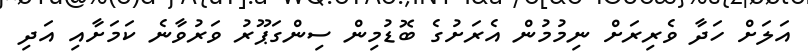
އަލަށް ހަދާ ވެރިރަށް ނިމުމުން އެރަށުގެ ބޮޑުމިން ސިންގަޕޫރު ވަރުވާނެ ކަމަށާއި އަދި